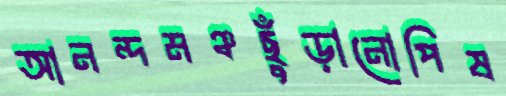
আনন্দমঞ্চছুঁড়ানোপিষ